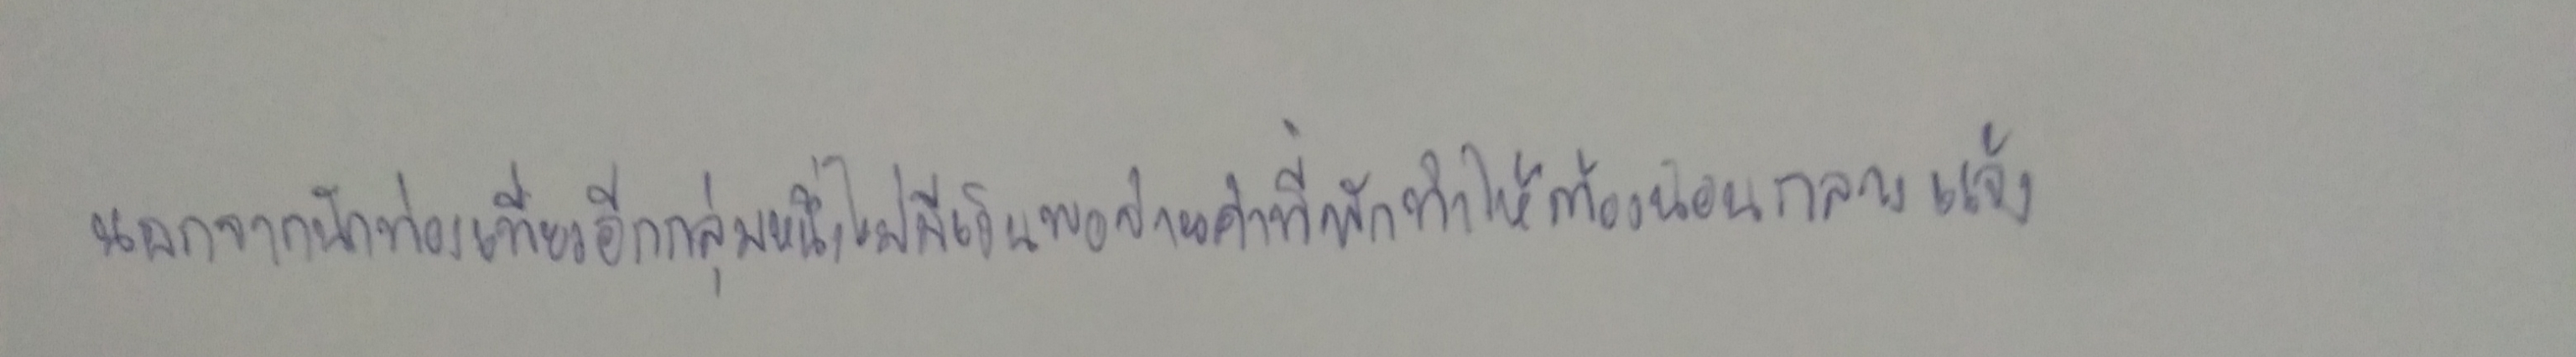
นอกจากนี้นักท่องเที่ยวอีกกลุ่มหนึ่งไม่มีเงินพอจ่ายค่าที่พักทำให้ต้องนอนกลางแจ้ง